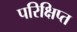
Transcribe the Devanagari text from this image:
परिक्षिप्त